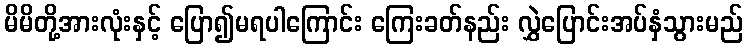
မိမိတို့အားလုံးနှင့် ပြော၍မရပါကြောင်း ကြေးခတ်နည်း လွှဲပြောင်းအပ်နှံသွားမည်